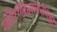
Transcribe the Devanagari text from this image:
काैण्डिन्न्यायनशिक्षा